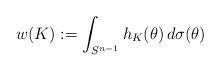
LaTeX: \begin{align*}w(K):=\int_{S^{n-1}}h_K(\theta )\,d\sigma (\theta )\end{align*}